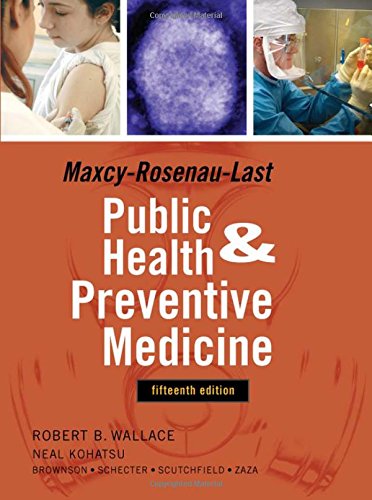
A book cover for Maxey-Rosenau-Last Public Health and Preventive Medicine: Fifteenth Edition (Maxcy-Rosenau-Last Public Health and Preventive Medicine); Robert Wallace; Medical Books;